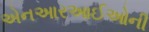
એનઆરઆઈઓની